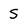
Character: S